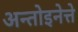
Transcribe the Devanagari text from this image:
अन्तोइनेत्ते